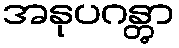
အနုပဂန္တွာ